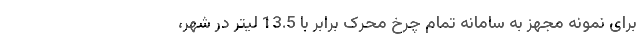
برای نمونه مجهز به سامانه تمام چرخ محرک برابر با 13.5 لیتر در شهر،